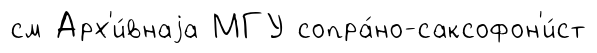
см Арх'и́внаjа МГУ сопра́но-саксофон'и́ст